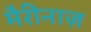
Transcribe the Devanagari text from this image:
मैरीनाज़